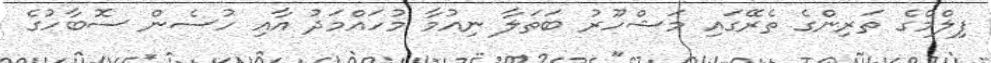
ފިލްމްގެ ތަރިންގެ ތެރޭގައި މަޝްހޫރު ބަތަލާ ނިއުމާ މުހައްމަދު އާއި ހުސެން ސޮބާހުގެ